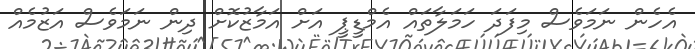
އެހެން ނަމަވެސް މިފަދަ ހަމަލާތައް އެމްޑީޕީ އަށް އަމާޒުކޮށް ދިން ނަމަވެސް އަޒުމެއް